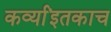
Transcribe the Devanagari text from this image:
कर्व्यांइतकाच